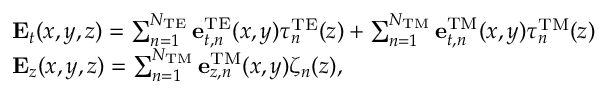
\begin{array} { r l } & { { \bf { E } } _ { t } ( x , y , z ) = \sum _ { n = 1 } ^ { N _ { \mathrm { T E } } } { \bf { e } } _ { t , n } ^ { \mathrm { T E } } ( x , y ) \tau _ { n } ^ { \mathrm { T E } } ( z ) + \sum _ { n = 1 } ^ { N _ { \mathrm { T M } } } { \bf { e } } _ { t , n } ^ { \mathrm { T M } } ( x , y ) \tau _ { n } ^ { \mathrm { T M } } ( z ) } \\ & { { \bf E } _ { z } ( x , y , z ) = \sum _ { n = 1 } ^ { N _ { \mathrm { T M } } } { \bf e } _ { z , n } ^ { \mathrm { { T M } } } ( x , y ) \zeta _ { n } ( z ) , } \end{array}